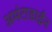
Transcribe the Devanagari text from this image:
अमंटाडाईन